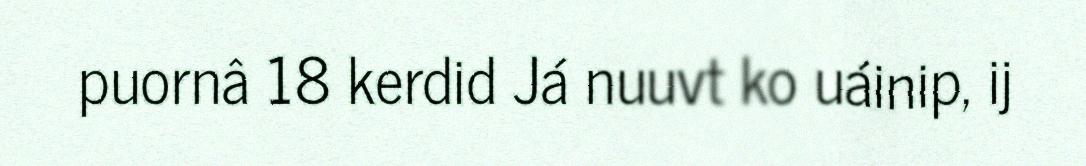
puornâ 18 kerdid Já nuuvt ko uáinip, ij